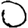
Digit: 0